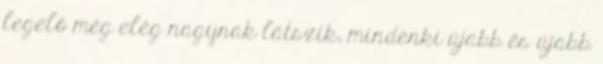
legelő még elég nagynak látszik, mindenki újabb és újabb